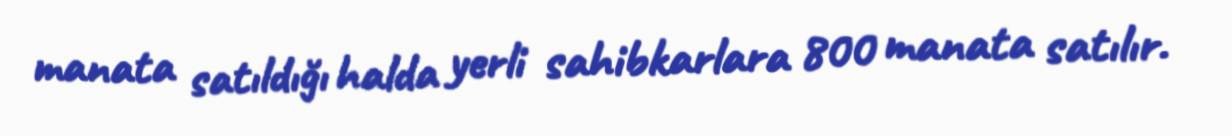
manata satıldığı halda yerli sahibkarlara 800 manata satılır.